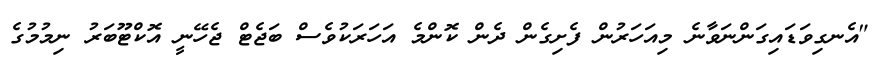
"އެނގިވަޑައިގަންނަވާނެ މިއަހަރުން ފެށިގެން ދެން ކޮންމެ އަހަރަކުވެސް ބަޖެޓް ޖެހޭނީ އޮކްޓޫބަރު ނިމުމުގެ